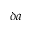
\delta a